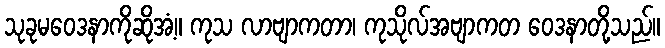
သုခုမဝေဒနာကိုဆိုအံ့။ ကုသ လာဗျာကတာ၊ ကုသိုလ်အဗျာကတ ဝေဒနာတို့သည်။